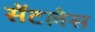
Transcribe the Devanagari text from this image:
सेंटलेस